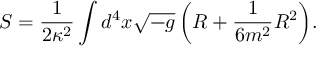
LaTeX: S = \frac { 1 } { 2 \kappa ^ { 2 } } \int { d ^ { 4 } x \sqrt { - g } \left( R + \frac { 1 } { 6 m ^ { 2 } } R ^ { 2 } \right) } .